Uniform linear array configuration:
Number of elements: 12
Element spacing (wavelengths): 0.25
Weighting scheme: uniform
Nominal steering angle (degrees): -45
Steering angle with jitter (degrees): -43.655
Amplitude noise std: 0.05
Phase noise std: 0.05

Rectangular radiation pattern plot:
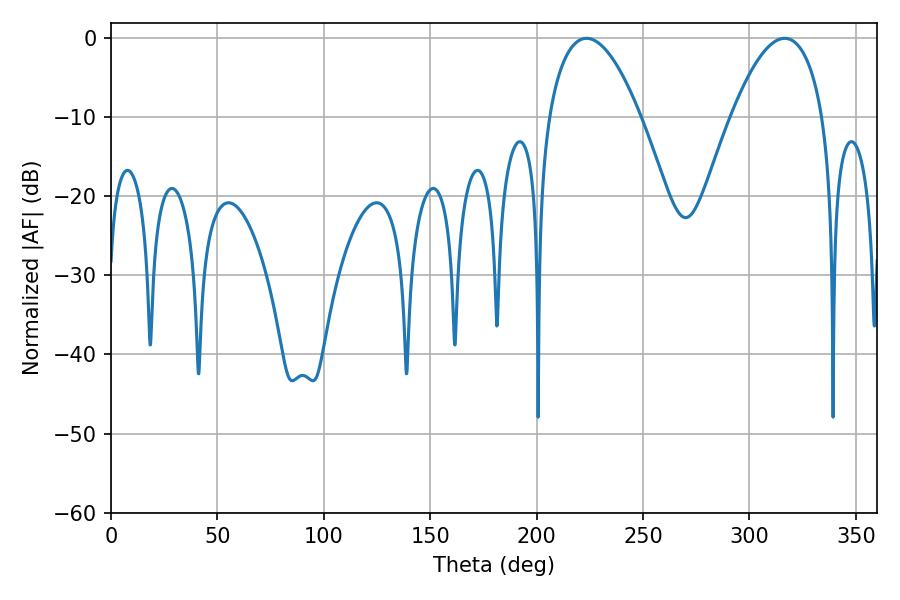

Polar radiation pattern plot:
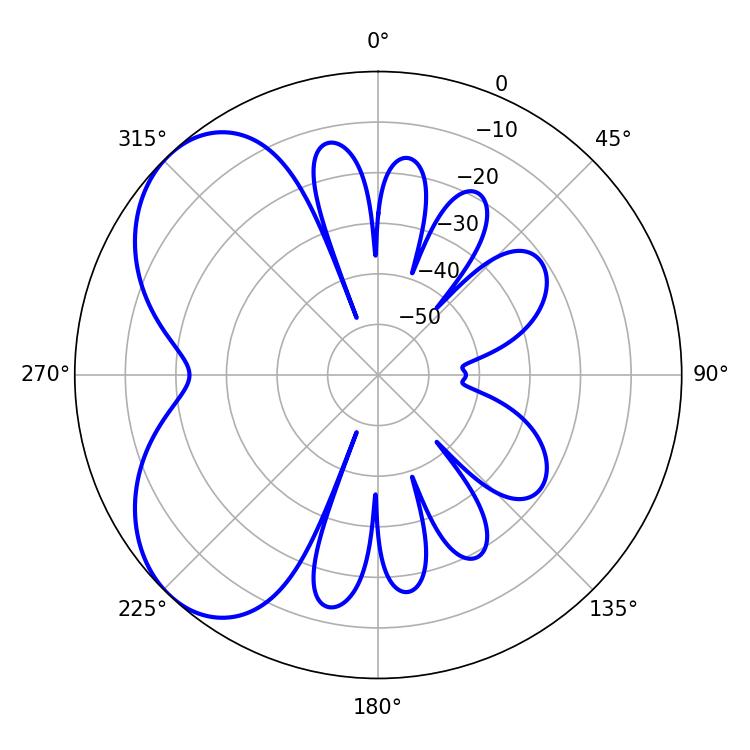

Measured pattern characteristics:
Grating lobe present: FALSE
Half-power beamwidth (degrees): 23.94
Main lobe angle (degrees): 223.38